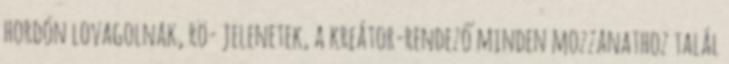
hordón lovagolnak, rö- jelenetek, a kreátor-rendező minden mozzanathoz talál